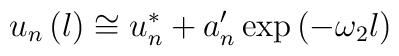
u_{n}\left( l\right) \cong u_{n}^{*}+a_{n}^{\prime }\exp \left( -\omega_{2}l\right)